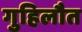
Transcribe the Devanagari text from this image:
गुहिलौत